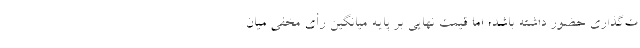
ت‌گذاری حضور داشته باشد؛ اما قیمت نهایی بر پایه میانگین رأی مخفی میان